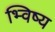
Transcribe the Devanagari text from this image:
भ्विष्य